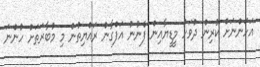
އަހަންނަށް ކުރިން ދުވަހު މީޑީޔާއިން ފެނުނު އަފްގާން ރައްޔިތުން މި މުބާރަތަށް ހުންނަ